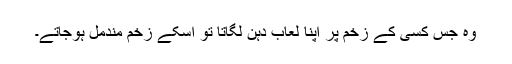
وہ جس کسی کے زخم پر اپنا لعاب دہن لگاتا تو اسکے زخم مندمل ہوجاتے۔